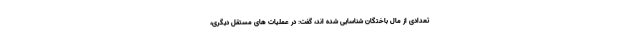
تعدادی از مال باختگان شناسایی شده اند، گفت: در عملیات های مستقل دیگری،